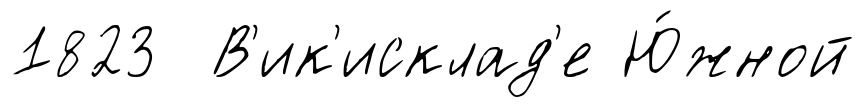
1823 В'ик'исклад'е Ю́жной